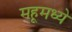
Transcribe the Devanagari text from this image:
महूमध्ये